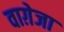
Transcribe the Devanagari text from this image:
वाग़ेजा